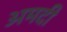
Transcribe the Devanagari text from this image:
अमदी